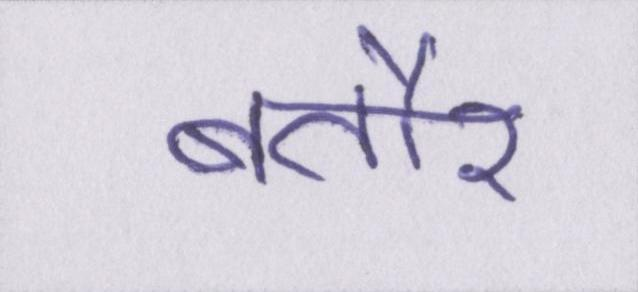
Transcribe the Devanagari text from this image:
बतौर